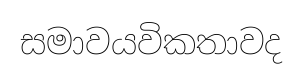
සමාවයවිකතාවද